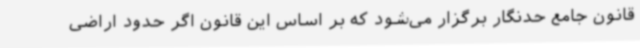
قانون جامع حدنگار برگزار می‌شود که بر اساس این قانون اگر حدود اراضی